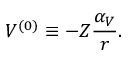
V ^ { ( 0 ) } \equiv - Z { \frac { \alpha _ { V } } { r } } .